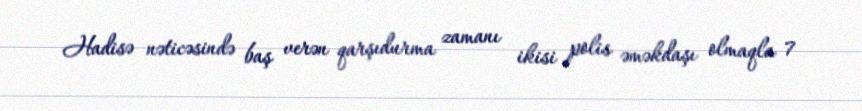
Hadisə nəticəsində baş verən qarşıdurma zamanı ikisi polis əməkdaşı olmaqla 7